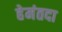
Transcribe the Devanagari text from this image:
हेमंतदा